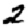
Digit: 2